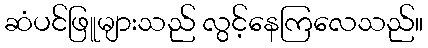
ဆံပင်ဖြူများသည် လွင့်နေကြလေသည်။